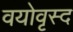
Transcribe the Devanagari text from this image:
वयोवृस्द